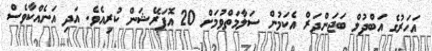
އަހަރުގެ އަބްދުލް ބަޖަންދަރް އެކަމުން ސަލާމަތްވުމަށް 20 އޮޕަރޭޝަން ކުރިއެވެ. އަދި އަނެއްކާވެސް